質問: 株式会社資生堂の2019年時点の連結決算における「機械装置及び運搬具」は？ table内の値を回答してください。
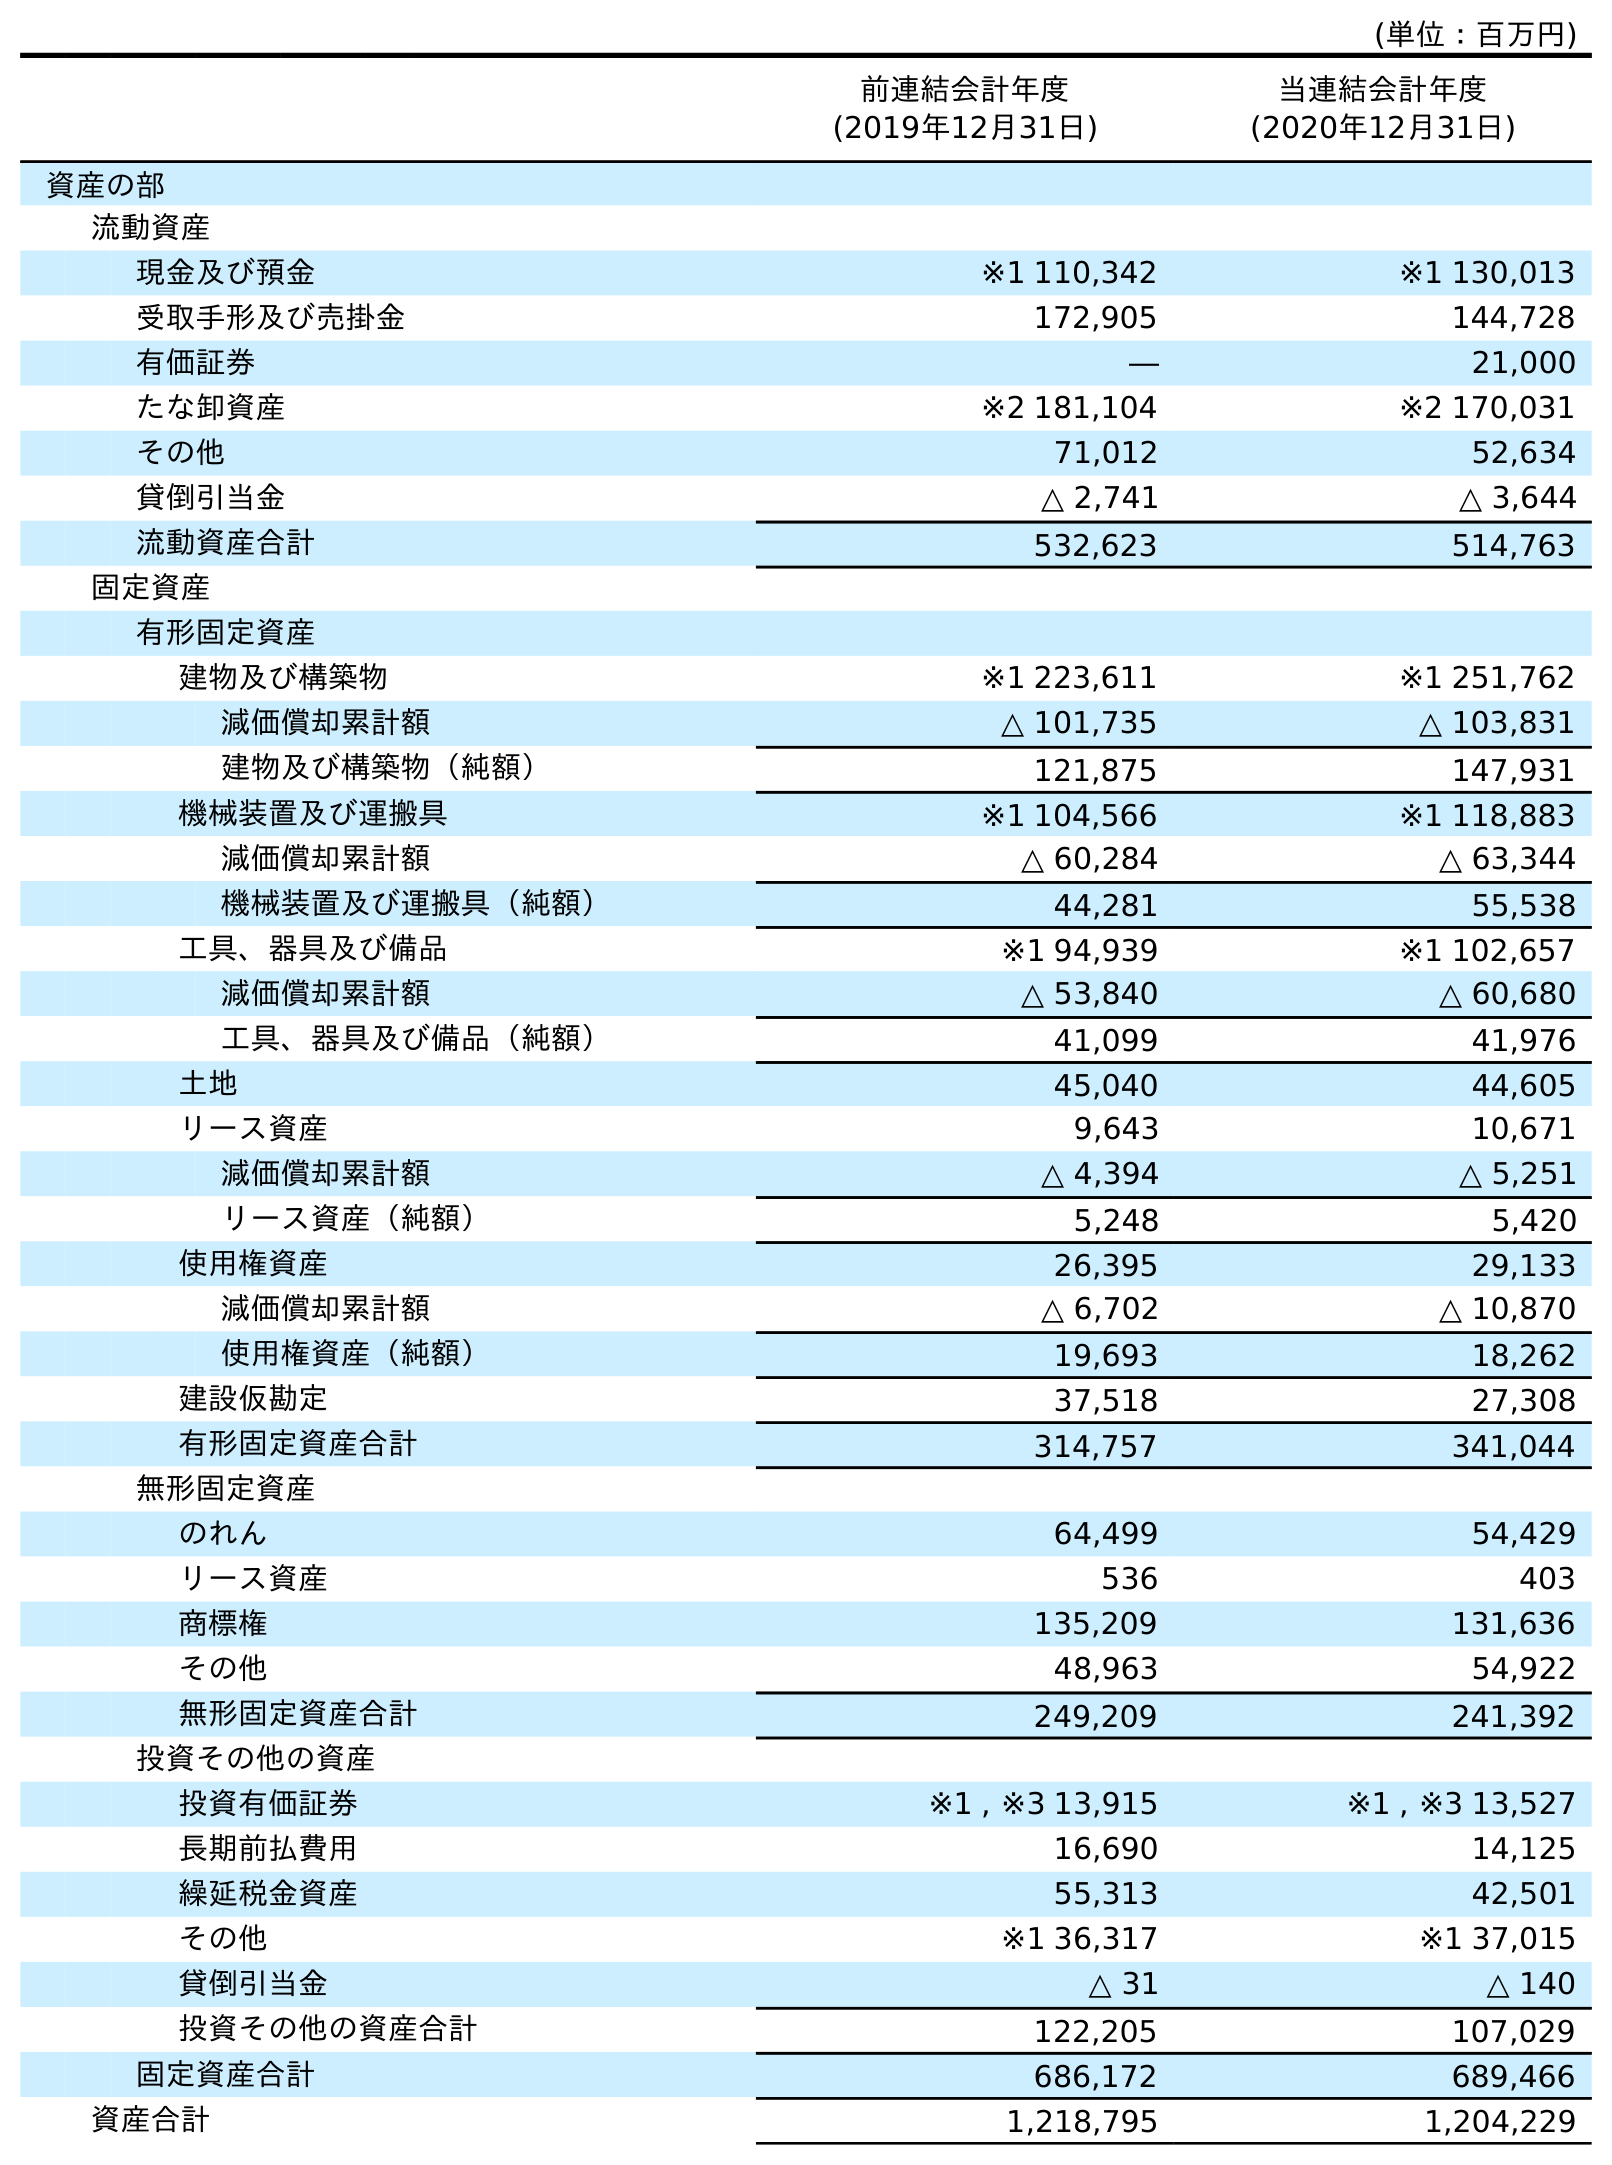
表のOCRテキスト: (単位：百万円) 前連結会計年度 (2019年12月31日) 当連結会計年度 (2020年12月31日) 資産の部 流動資産 現金及び預金 ※1 110,342 ※1 130,013 受取手形及び売掛金 172,905 144,728 有価証券 ― 21,000 たな卸資産 ※2 181,104 ※2 170,031 その他 71,012 52,634 貸倒引当金 △ 2,741 △ 3,644 流動資産合計 532,623 514,763 固定資産 有形固定資産 建物及び構築物 ※1 223,611 ※1 251,762 減価償却累計額 △ 101,735 △ 103,831 建物及び構築物（純額） 121,875 147,931 機械装置及び運搬具 ※1 104,566 ※1 118,883 減価償却累計額 △ 60,284 △ 63,344 機械装置及び運搬具（純額） 44,281 55,538 工具、器具及び備品 ※1 94,939 ※1 102,657 減価償却累計額 △ 53,840 △ 60,680 工具、器具及び備品（純額） 41,099 41,976 土地 45,040 44,605 リース資産 9,643 10,671 減価償却累計額 △ 4,394 △ 5,251 リース資産（純額） 5,248 5,420 使用権資産 26,395 29,133 減価償却累計額 △ 6,702 △ 10,870 使用権資産（純額） 19,693 18,262 建設仮勘定 37,518 27,308 有形固定資産合計 314,757 341,044 無形固定資産 のれん 64,499 54,429 リース資産 536 403 商標権 135,209 131,636 その他 48,963 54,922 無形固定資産合計 249,209 241,392 投資その他の資産 投資有価証券 ※1 , ※3 13,915 ※1 , ※3 13,527 長期前払費用 16,690 14,125 繰延税金資産 55,313 42,501 その他 ※1 36,317 ※1 37,015 貸倒引当金 △ 31 △ 140 投資その他の資産合計 122,205 107,029 固定資産合計 686,172 689,466 資産合計 1,218,795 1,204,229
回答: ※1104,566